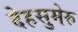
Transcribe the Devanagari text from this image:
देहसुमेरु